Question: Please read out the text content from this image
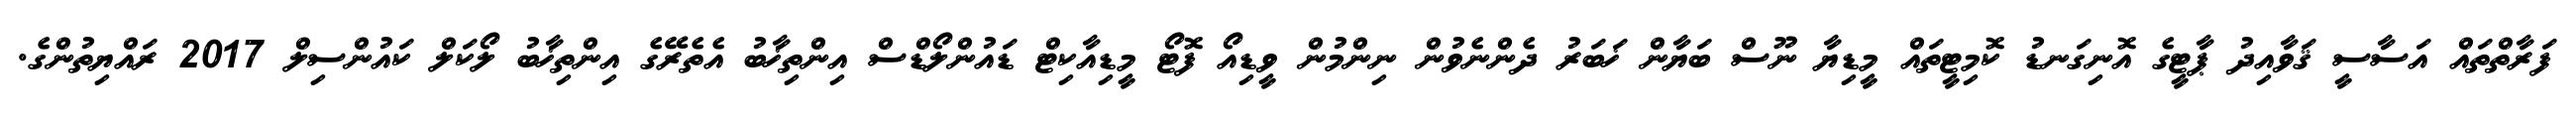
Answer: ފަރާތްތައް އަސާސީ ޤަވާއިދު ޕާޓީގެ އޮނިގަނޑު ކޮމިޓީތައް މީޑިޔާ ނޫސް ބަޔާން ޚަބަރު ދެންނެވުން ނިންމުން ވީޑިއޯ ފޮޓޯ މީޑިއާކިޓް ޑައުންލޯޑްސް އިންތިޚާބު އެތެރޭގެ އިންތިޚާބު ލޯކަލް ކައުންސިލް 2017 ރައްޔިތުންގެ.